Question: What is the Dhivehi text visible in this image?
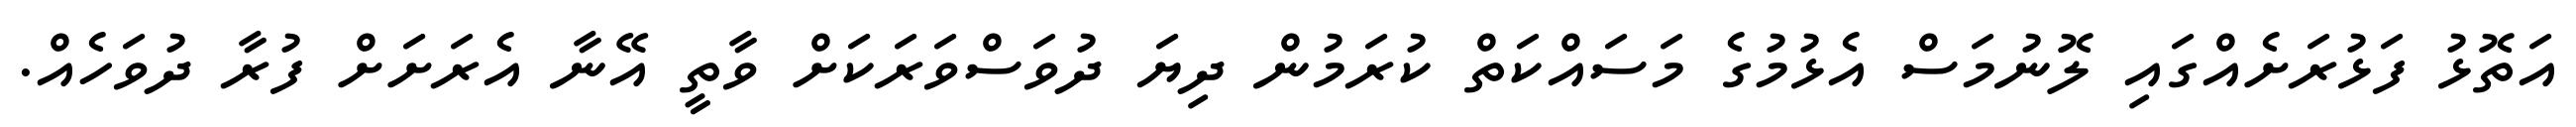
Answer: އަތޮޅު ފަޅުރަށެއްގައި ލޮނުމަސް އެޅުމުގެ މަސައްކަތް ކުރަމުން ދިޔަ ދުވަސްވަރަކަށް ވާތީ އޭނާ އެރަށަށް ފުރާ ދުވަހެއް.